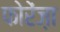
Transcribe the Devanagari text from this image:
फोरेंज़ा